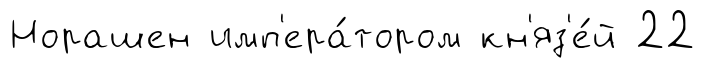
Норашен имп'ера́тором кн'яз'е́й 22